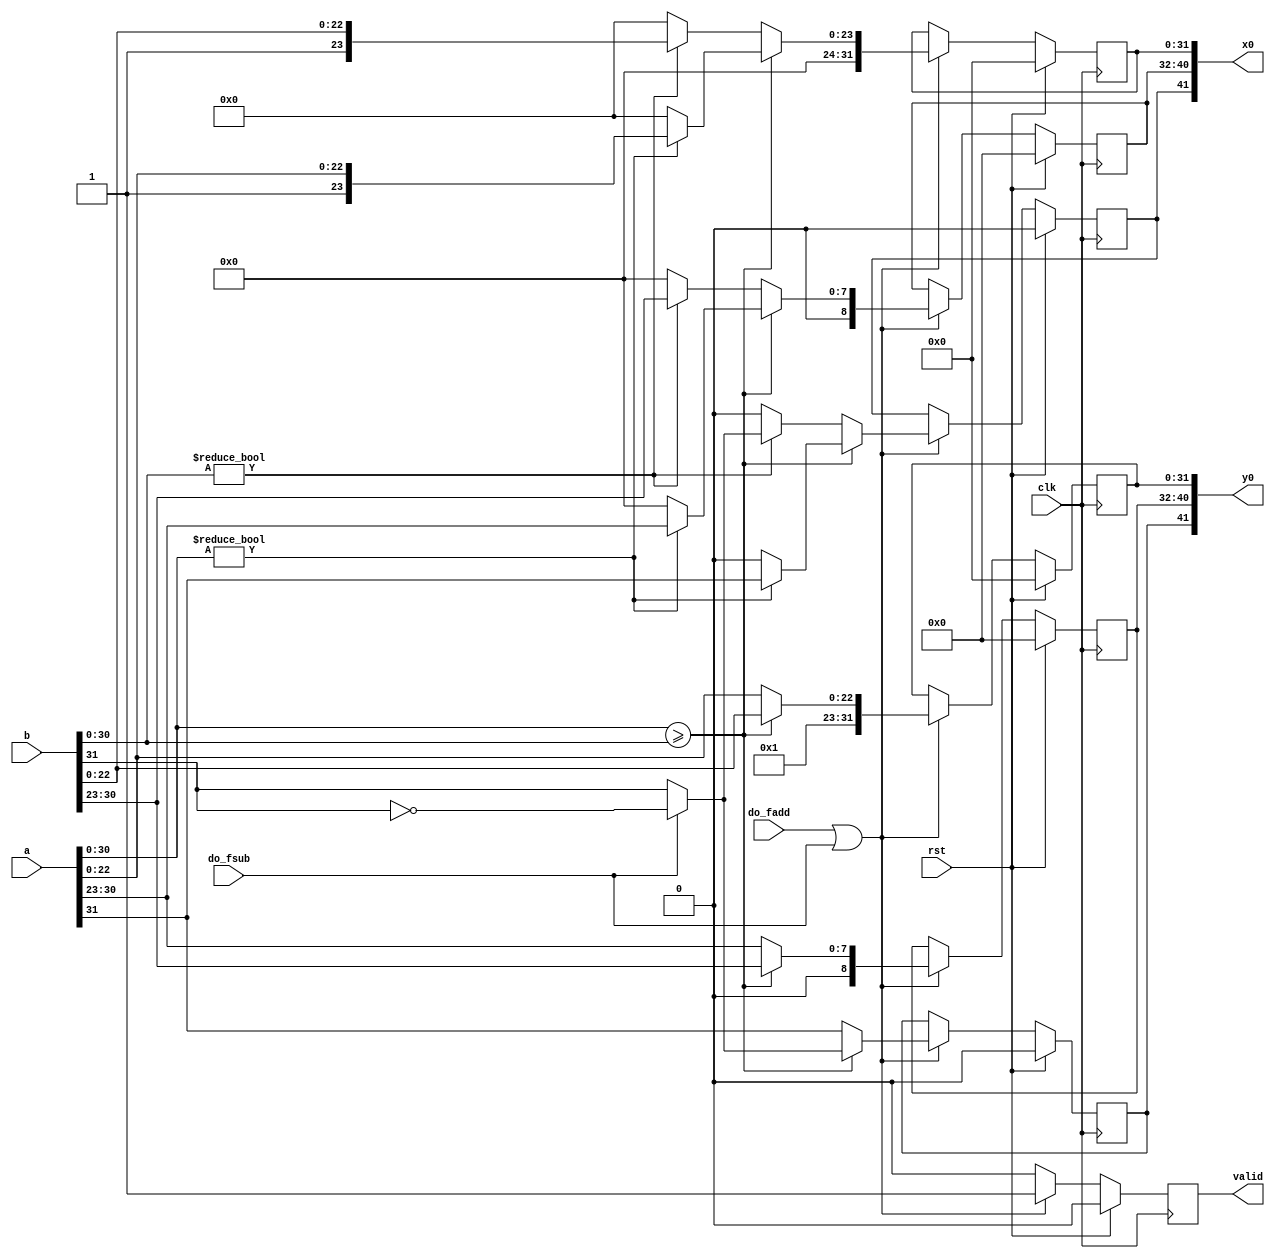
`timescale 1ns / 1ps
//////////////////////////////////////////////////////////////////////////////////
// Company: 
// Engineer: 
// 
// Design Name: 
// Module Name:    fas_pipline0 
// Project Name: 
// Target Devices: 
// Tool versions: 
// Description: 
//
// Dependencies: 
//
// Revision: 
// Revision 0.01 - File Created
// Additional Comments: 
//
//////////////////////////////////////////////////////////////////////////////////
module fas_pipline0(
    input clk,
    input rst,

    input       do_fadd,
    input       do_fsub,
    input[31:0] a,
    input[31:0] b,

    //s1, exp9, significand32
    output[41:0] x0,
    output[41:0] y0,
    output valid
);

////////////////////////////////////////////////////////////
reg       rX0_s;
reg[8:0]  rX0_exponent;
reg[31:0] rX0_significand;

reg       rY0_s;
reg[8:0]  rY0_exponent;
reg[31:0] rY0_significand;

reg _valid;

////////////////////////////////////////////////////////////
always@(posedge clk)
begin
    if (rst) begin
        rX0_s           <= 0;
        rX0_exponent    <= 0;
        rX0_significand <= 0;
    end
    else if (do_fadd || do_fsub) begin
        //a >= b, select a
        if (a[30:0] >= b[30:0]) begin
            if (a[30:0] != 31'h0) begin
                rX0_s           <= a[31];
                rX0_exponent    <= {1'b0, a[30:23]};
                rX0_significand <= {8'h0, 1'b1, a[22:0]};
            end
            else begin
                rX0_s           <= 0;
                rX0_exponent    <= 9'h0;
                rX0_significand <= 32'h0;
            end
        end
        //a < b, select b
        else begin
            if (b[30:0] != 31'h0) begin
                if (do_fsub) begin
                    rX0_s           <= ~b[31];
                    rX0_exponent    <= {1'b0, b[30:23]};
                    rX0_significand <= {8'h0, 1'b1, b[22:0]};
                end
                else begin
                    rX0_s           <= b[31];
                    rX0_exponent    <= {1'b0, b[30:23]};
                    rX0_significand <= {8'h0, 1'b1, b[22:0]};
                end
            end
            else begin
                rX0_s           <= 0;
                rX0_exponent    <= 9'h0;
                rX0_significand <= 32'h0;
            end
        end
    end//end of else if (do_fadd || do_fsub) begin
    else begin
        rX0_s           <= rX0_s;
        rX0_exponent    <= rX0_exponent;
        rX0_significand <= rX0_significand;
    end
end

always@(posedge clk)
begin
    if (rst) begin
        rY0_s           <= 0;
        rY0_exponent    <= 0;
        rY0_significand <= 0;
    end
    else if (do_fadd || do_fsub) begin
        if (a[30:0] >= b[30:0]) begin
            if (do_fsub) begin
                rY0_s           <= ~b[31];
                rY0_exponent    <= {1'b0, b[30:23]};
                rY0_significand <= {8'h0, 1'b1, b[22:0]};
            end
            else begin
                rY0_s           <= b[31];
                rY0_exponent    <= {1'b0, b[30:23]};
                rY0_significand <= {8'h0, 1'b1, b[22:0]};
            end
        end
        else begin
            rY0_s           <= a[31];
            rY0_exponent    <= {1'b0, a[30:23]};
            rY0_significand <= {8'h0, 1'b1, a[22:0]};
        end
    end
    else begin
        rY0_s           <= rY0_s;
        rY0_exponent    <= rY0_exponent;
        rY0_significand <= rY0_significand;
    end
end

////////////////////////////////////////////////////////////
always@(posedge clk)
begin
    if (rst)
        _valid <= 1'b0;
    else if (do_fadd || do_fsub)
        _valid <= 1'b1;
    else
        _valid <= 1'b0;
end

assign x0[41:0] = {rX0_s, rX0_exponent[8:0], rX0_significand[31:0]};
assign y0[41:0] = {rY0_s, rY0_exponent[8:0], rY0_significand[31:0]};
assign valid = _valid;


endmodule